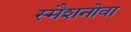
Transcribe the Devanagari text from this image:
स्मैशनोवा